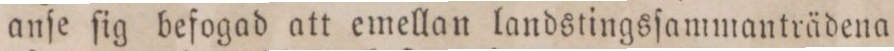
anſe ſig befogad att emellan landstingsſammanträdena